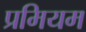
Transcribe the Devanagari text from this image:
प्रमियम